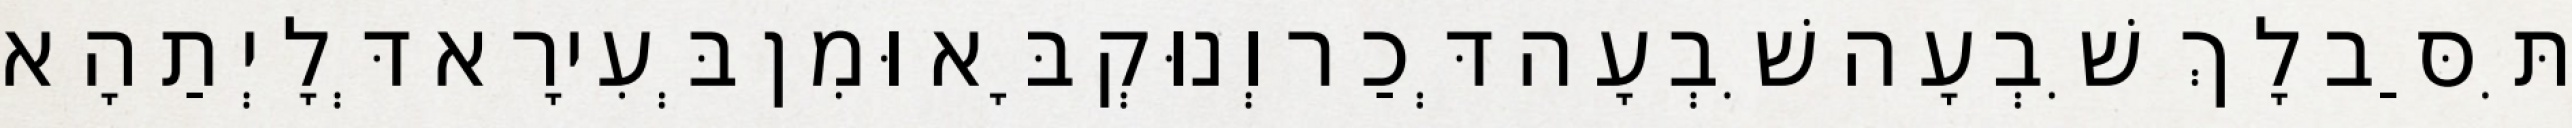
תִּסַּב לָךְ שִׁבְעָה שִׁבְעָה דְּכַר וְנוּקְבָּא וּמִן בְּעִירָא דְּלָיְתַהָא